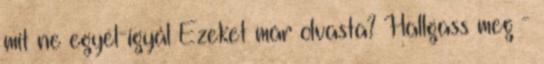
mit ne egyél-igyál Ezeket már olvasta? Hallgass meg -